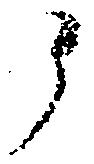
候